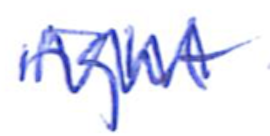
Text: right
Cross-out: zig-zag
Writing tool: ballpoint